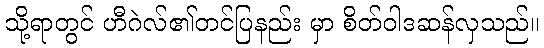
သို့ရာတွင် ဟီဂဲလ်၏တင်ပြနည်း မှာ စိတ်ဝါဒဆန်လှသည်။